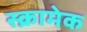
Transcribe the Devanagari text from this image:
स्क्रामेक